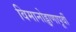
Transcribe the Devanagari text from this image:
विमानोड्डाणापूर्वी